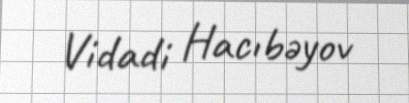
Vidadi Hacıbəyov